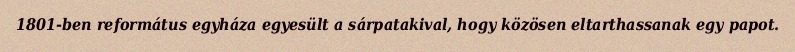
1801-ben református egyháza egyesült a sárpatakival, hogy közösen eltarthassanak egy papot.